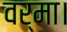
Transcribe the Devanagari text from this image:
वर्मा।